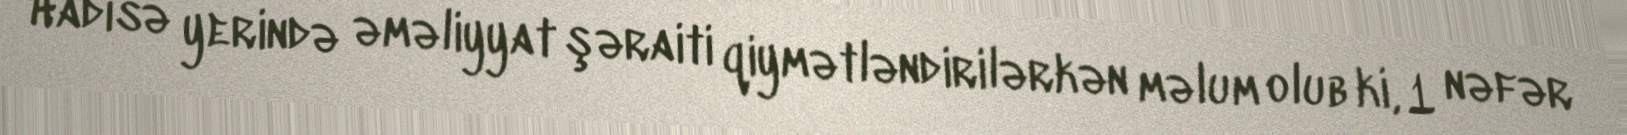
Hadisə yerində əməliyyat şəraiti qiymətləndirilərkən məlum olub ki, 1 nəfər